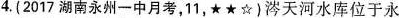
4.(2017湖南永州一中月考，11，★★☆)涔天河水库位于永